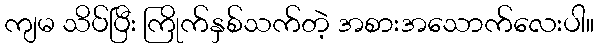
ကျမ သိပ်ပြီး ကြိုက်နှစ်သက်တဲ့ အစားအသောက်လေးပါ။